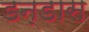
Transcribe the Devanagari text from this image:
डन्डास